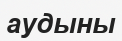
аудыны